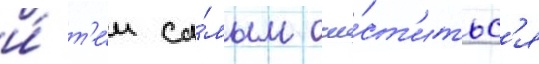
и́ т'е́м са́мым очи́ст'итьс'я